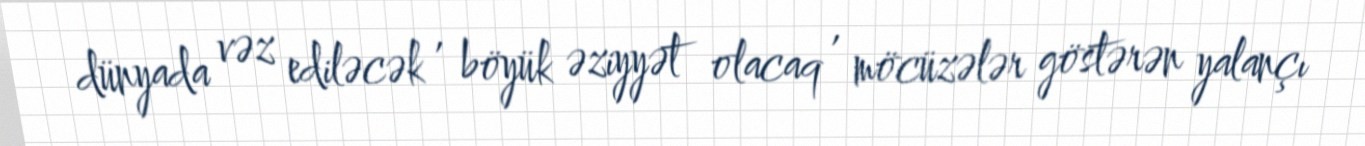
dünyada vəz ediləcək , böyük əziyyət olacaq , möcüzələr göstərən yalançı